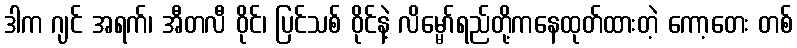
ဒါက ဂျင် အရက်၊ အီတလီ ဝိုင်၊ ပြင်သစ် ဝိုင်နဲ့ လိမ္မော်ရည်တို့ကနေထုတ်ထားတဲ့ ကော့တေး တစ်